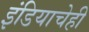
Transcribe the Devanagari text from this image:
इंडियाचेही